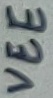
Text: VEE